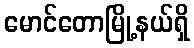
မောင်တောမြို့နယ်ရှိ